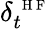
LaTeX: \delta_{t}^{\mathrm{~\scriptsize~H~F~}}